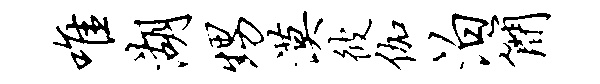
唯湖甥漠彼伽泊简